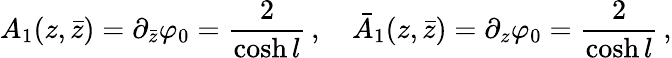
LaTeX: A_{1}(z,\bar{z})=\partial_{\bar{z}}\varphi_{0}=\frac{2}{\cosh{l}}\, ,\quad\bar{A}_{1}(z,\bar{z})=\partial_{z}\varphi_{0}=\frac{2}{\cosh{l}}\, ,